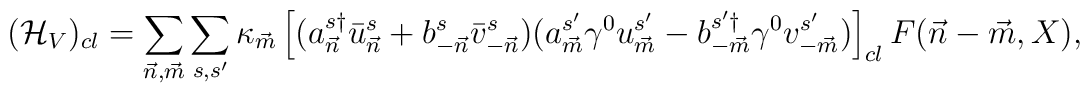
({\cal H}_V)_{cl} =\sum_{{\vec n},{\vec m}} \sum_{s,s'} \kappa_{\vec m} \left[(a^{s\dagger}_{\vec n} \bar{u}^s_{\vec n} +b^{s}_{-{\vec n}} \bar{v}^s_{-{\vec n}})(a^{s'}_{\vec m} \gamma^0 u^{s'}_{\vec m} -b^{s'\dagger}_{-{\vec m}} \gamma^0 v^{s'}_{-{\vec m}})\right]_{cl}F({\vec n}-{\vec m},X),